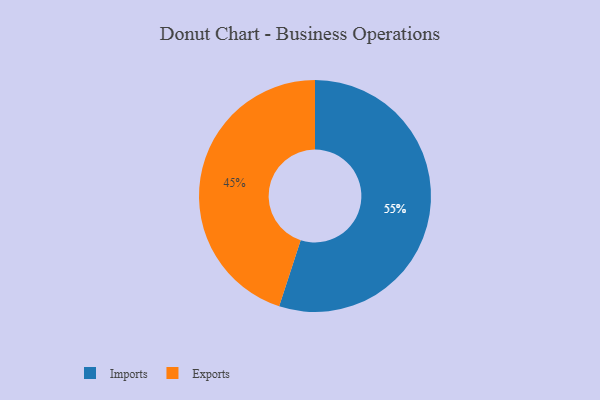
{"axis": {"x": "Category", "y": "Percentage"}, "legend": ["Exports", "Imports"], "data": [{"x": "Imports", "y": 55, "type": "Imports"}, {"x": "Exports", "y": 45, "type": "Exports"}]}